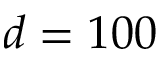
d = 1 0 0